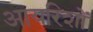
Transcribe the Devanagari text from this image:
आयरिशों